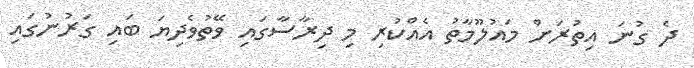
ދެ ގުނަ އިތުރަށް މައުލޫމާތު އެއްކުރި މި ދިރާސާގައި ވޭތުވެދިޔަ ބައި ގަރުނުގައި